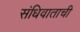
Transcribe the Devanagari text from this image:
संधिवाताची